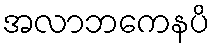
အလာဘကေနပိ